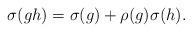
LaTeX: \begin{align*} \sigma(gh)=\sigma(g) + \rho(g)\sigma(h).\end{align*}